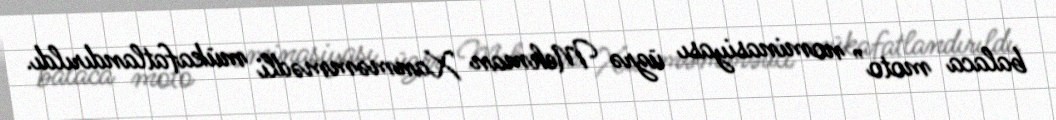
balaca moto” nominasiyası üzrə Mehman Xanməmmədli mükafatlandırıldı.